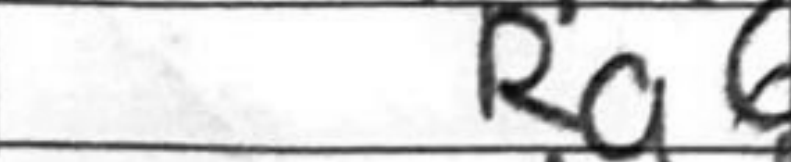
Transcription: Ra6